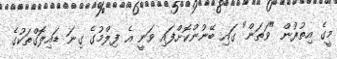
މީގެ އިތުރުން "ވަތަން" ގައި ބޭނުންކޮށްފައި ވަނީ އެ ފިލްމުގެ ގިނަ ޑައިލޮގްތަކުގެ